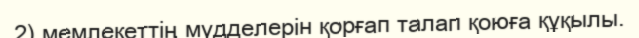
2) мемлекеттің мүдделерін қорғап талап қоюға құқылы.